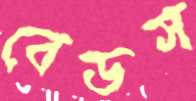
বেডস